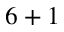
6 + 1